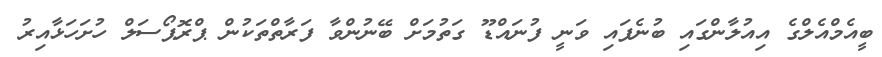
ބީއެމްއެލްގެ އިއުލާންގައި ބުނެފައި ވަނީ ފުނައްޑޫ ގަތުމަށް ބޭނުންވާ ފަރާތްތަކުން ޕްރޮޕޯސަލް ހުށަހަޅާއިރު